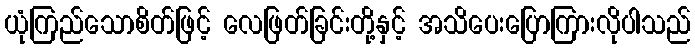
ယုံကြည်သောစိတ်ဖြင့် လေဖြတ်ခြင်းတို့နှင့် အသိပေးပြောကြားလိုပါသည်